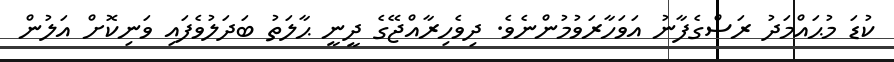
ކުޑަ މުޙައްމަދު ރަސްގެފާނު އަވަހާރަވުމުންނެވެ. ދިވެހިރާއްޖޭގެ ދީނީ ޙާލަތު ބަދަލުވެފައި ވަނިކޮށް އަލުން